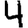
Digit: 4